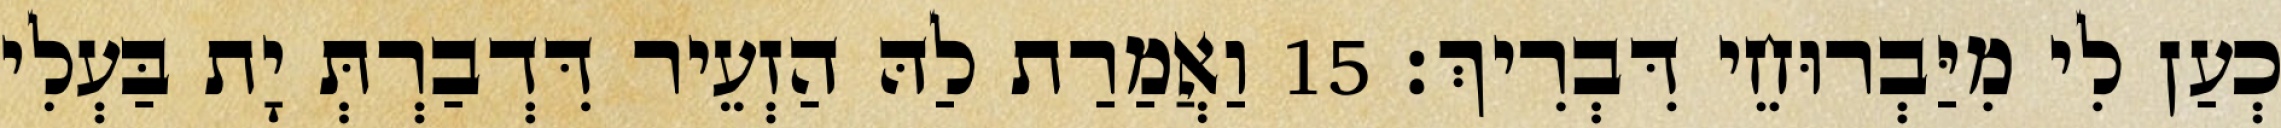
כְעַן לִי מִיַּבְרוּחֵי דִּבְרִיךְ׃ 15 וַאֲמַרַת לַהּ הַזְעֵיר דִּדְבַרְתְּ יָת בַּעְלִי